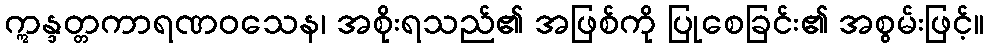
ဣန္ဒတ္တကာရဏဝသေန၊ အစိုးရသည်၏ အဖြစ်ကို ပြုစေခြင်း၏ အစွမ်းဖြင့်။